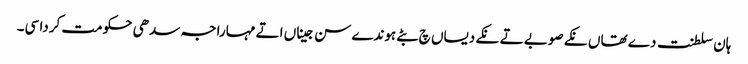
ہان سلطنت دے تھاں نکے صوبے تے نکے دیساں چ بٹے ہوندے سن جیناں اتے مہاراجہ سدھی حکومت کردا سی۔